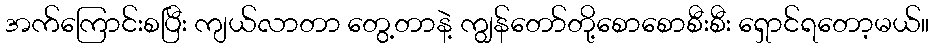
အက်ကြောင်းစပြီး ကျယ်လာတာ တွေ့တာနဲ့ ကျွန်တော်တို့စောစောစီးစီး ရှောင်ရတော့မယ်။